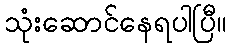
သုံးဆောင်နေရပါပြီ။